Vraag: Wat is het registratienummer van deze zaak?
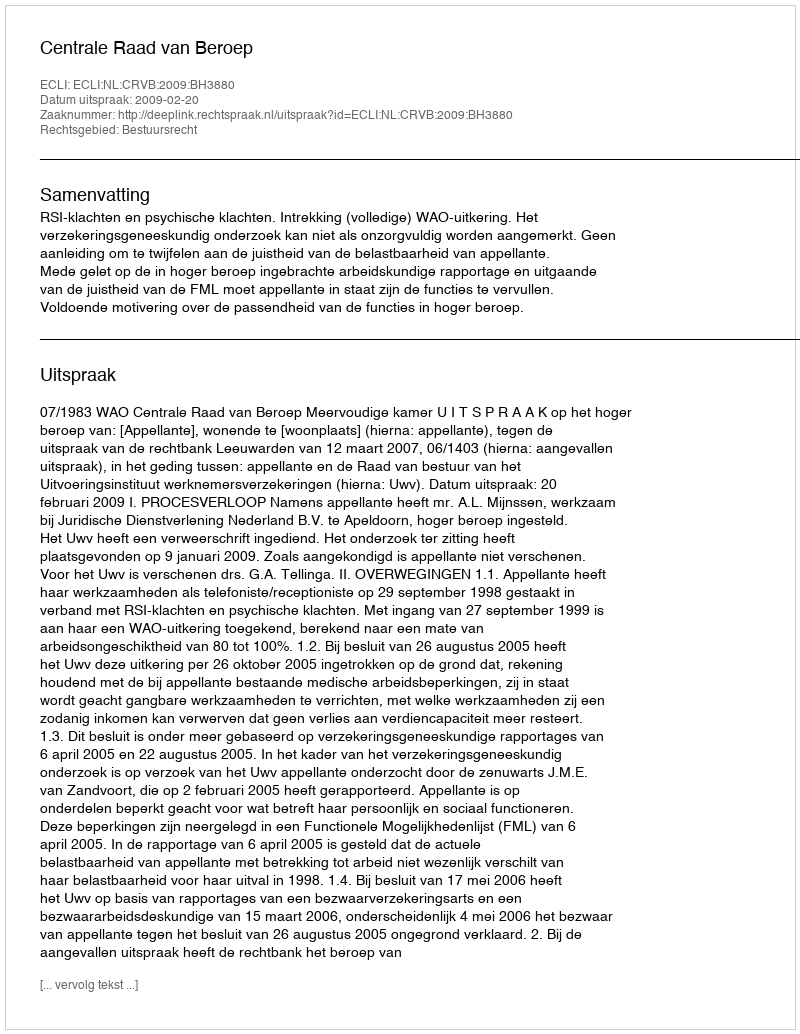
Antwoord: http://deeplink.rechtspraak.nl/uitspraak?id=ECLI:NL:CRVB:2009:BH3880